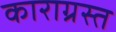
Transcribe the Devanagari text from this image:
काराग्रस्त